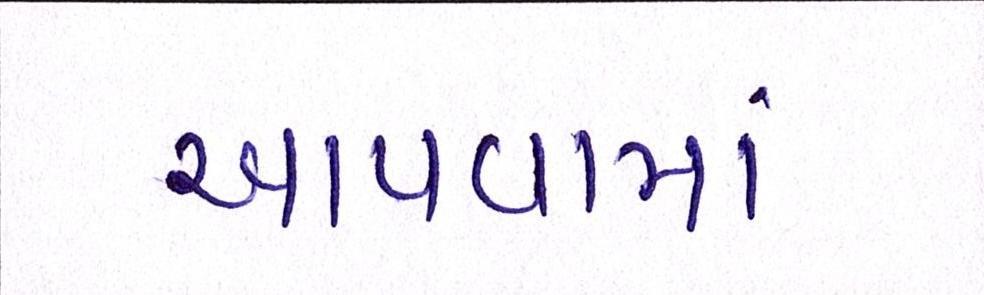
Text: આપવામા